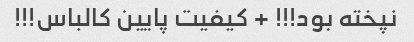
نپخته بود!!! + کیفیت پایین کالباس!!!